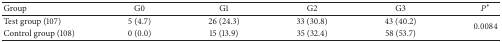
<table><thead><tr><td><b>Group</b></td><td><b>G0</b></td><td><b>G1</b></td><td><b>G2</b></td><td><b>G3</b></td><td><b><i>P</i><sup><i>∗</i></sup></b></td></tr></thead><tbody><tr><td>Test group (107)</td><td>5 (4.7)</td><td>26 (24.3)</td><td>33 (30.8)</td><td>43 (40.2)</td><td rowspan="2">0.0084</td></tr><tr><td>Control group (108)</td><td>0 (0.0)</td><td>15 (13.9)</td><td>35 (32.4)</td><td>58 (53.7)</td></tr></tbody></table>